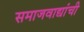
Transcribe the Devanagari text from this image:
समाजवाद्यांची